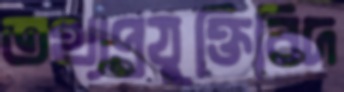
তথ্যপ্রযুক্তিবিদ